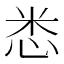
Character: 𢘻